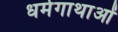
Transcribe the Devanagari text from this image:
धर्मगाथाओं